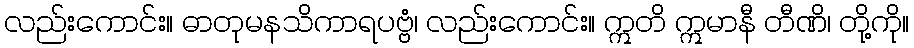
လည်းကောင်း။ ဓာတုမနသိကာရပဗ္ဗံ၊ လည်းကောင်း။ ဣတိ ဣမာနီ တီဏိ၊ တို့ကို။